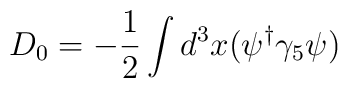
D_0 = - \frac{1}{2}\int d^3{x}(\psi^{\dag} \gamma_5 \psi)